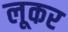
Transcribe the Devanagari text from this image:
लूकर